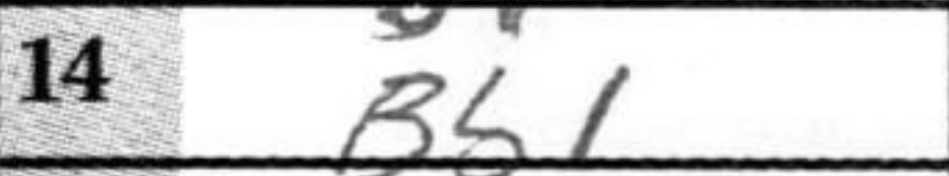
Transcription: Bb1